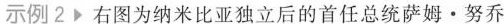
示例2右图为纳米比亚独立后的首任总统萨姆·努乔